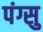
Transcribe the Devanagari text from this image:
पंग्सु